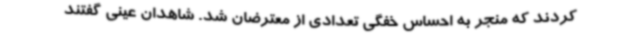
کردند که منجر به احساس خفگی تعدادی از معترضان شد. شاهدان عینی گفتند